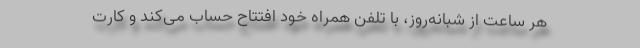
هر ساعت از شبانه‌روز، با تلفن همراه خود افتتاح حساب می‌کند و کارت